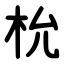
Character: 㭇